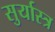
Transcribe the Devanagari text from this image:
सुर्यास्त्र